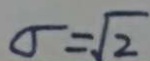
\sigma = \sqrt { 2 }